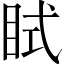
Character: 𥅞